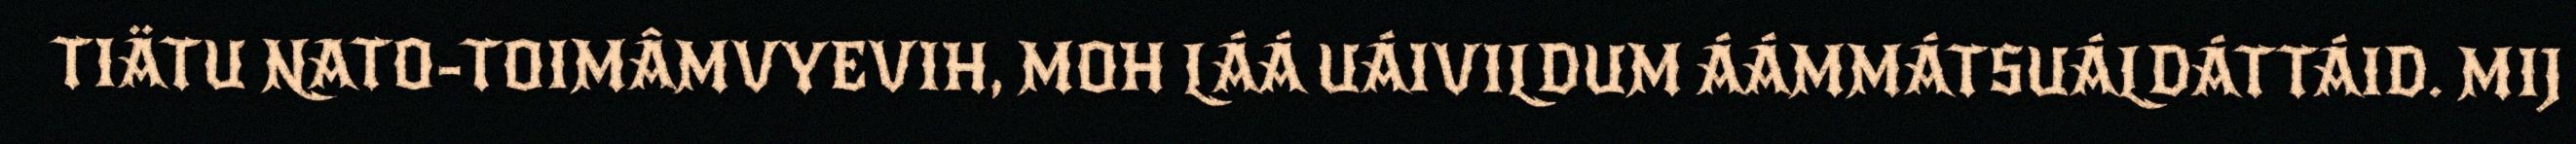
TIÄTU NATO-TOIMÂMVYEVIH, MOH LÁÁ UÁIVILDUM ÁÁMMÁTSUÁLDÁTTÁID. MIJ